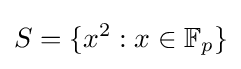
S=\{x^{2}:x\in \mathbb {F} _{p}\}